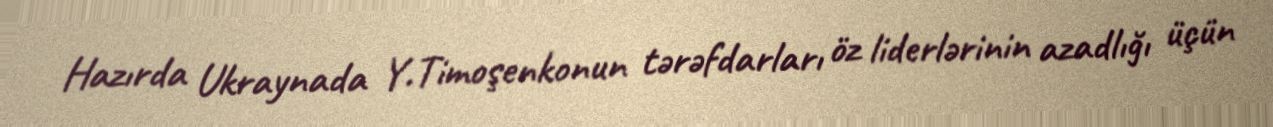
Hazırda Ukraynada Y.Timoşenkonun tərəfdarları öz liderlərinin azadlığı üçün